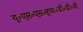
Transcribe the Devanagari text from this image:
यू०एस०एस०हूपर०डी०डी०जी